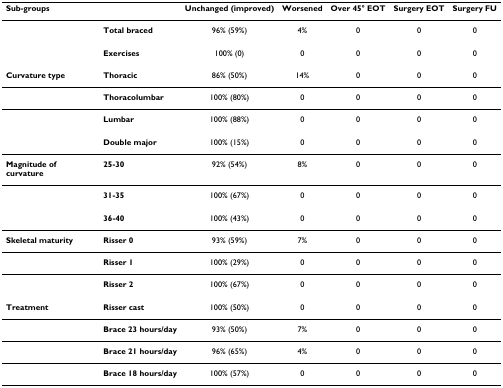
<table><thead><tr><td><b>Sub-groups</b></td><td></td><td><b>Unchanged (improved)</b></td><td><b>Worsened</b></td><td><b>Over 45° EOT</b></td><td><b>Surgery EOT</b></td><td><b>Surgery FU</b></td></tr></thead><tbody><tr><td></td><td><b>Total braced</b></td><td>96% (59%)</td><td>4%</td><td>0</td><td>0</td><td>0</td></tr><tr><td></td><td><b>Exercises</b></td><td>100% (0)</td><td>0</td><td>0</td><td>0</td><td>0</td></tr><tr><td><b>Curvature type</b></td><td><b>Thoracic</b></td><td>86% (50%)</td><td>14%</td><td>0</td><td>0</td><td>0</td></tr><tr><td></td><td><b>Thoracolumbar</b></td><td>100% (80%)</td><td>0</td><td>0</td><td>0</td><td>0</td></tr><tr><td></td><td><b>Lumbar</b></td><td>100% (88%)</td><td>0</td><td>0</td><td>0</td><td>0</td></tr><tr><td></td><td><b>Double major</b></td><td>100% (15%)</td><td>0</td><td>0</td><td>0</td><td>0</td></tr><tr><td><b>Magnitude of curvature</b></td><td><b>25-30</b></td><td>92% (54%)</td><td>8%</td><td>0</td><td>0</td><td>0</td></tr><tr><td></td><td><b>31-35</b></td><td>100% (67%)</td><td>0</td><td>0</td><td>0</td><td>0</td></tr><tr><td></td><td><b>36-40</b></td><td>100% (43%)</td><td>0</td><td>0</td><td>0</td><td>0</td></tr><tr><td><b>Skeletal maturity</b></td><td><b>Risser 0</b></td><td>93% (59%)</td><td>7%</td><td>0</td><td>0</td><td>0</td></tr><tr><td></td><td><b>Risser 1</b></td><td>100% (29%)</td><td>0</td><td>0</td><td>0</td><td>0</td></tr><tr><td></td><td><b>Risser 2</b></td><td>100% (67%)</td><td>0</td><td>0</td><td>0</td><td>0</td></tr><tr><td><b>Treatment</b></td><td><b>Risser cast</b></td><td>100% (50%)</td><td>0</td><td>0</td><td>0</td><td>0</td></tr><tr><td></td><td><b>Brace 23 hours/day</b></td><td>93% (50%)</td><td>7%</td><td>0</td><td>0</td><td>0</td></tr><tr><td></td><td><b>Brace 21 hours/day</b></td><td>96% (65%)</td><td>4%</td><td>0</td><td>0</td><td>0</td></tr><tr><td></td><td><b>Brace 18 hours/day</b></td><td>100% (57%)</td><td>0</td><td>0</td><td>0</td><td>0</td></tr></tbody></table>